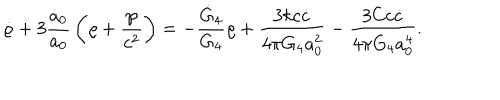
\dot { \varrho } + 3 { \frac { \dot { a } _ { 0 } } { a _ { 0 } } } \left( \varrho + { \frac { \wp } { c ^ { 2 } } } \right) = - { \frac { \dot { G } _ { 4 } } { G _ { 4 } } } \varrho + { \frac { 3 k c \dot { c } } { 4 \pi G _ { 4 } a _ { 0 } ^ { 2 } } } - { \frac { 3 C c \dot { c } } { 4 \pi G _ { 4 } a _ { 0 } ^ { 4 } } } .